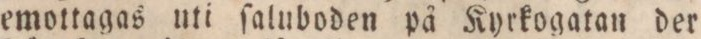
emottagas uti ſaluboden på Kyrkogatan der